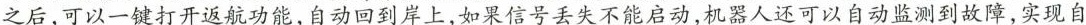
之后，可以一键打开返航功能，自动回到岸上，如果信号丢失不能启动，机器人还可以自动监测到故障，实现自